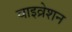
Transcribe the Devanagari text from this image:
वाइव्रेशन